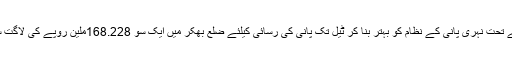
13 اکتوبر2017ء)وزیر اعلیٰ پنجاب محمد شہباز شریف کے کسان پیکج کے تحت نہری پانی کے نظام کو بہتر بنا کر ٹیل تک پانی کی رسائی کیلئے ضلع بھکر میں ایک سو 168.228ملین روپے کی لاگت سے عزیز مائنر‘ اسلام پور مائنر اور لوسی سب مائنر کو پختہ کیا جارہا ہے۔